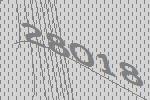
28018